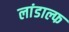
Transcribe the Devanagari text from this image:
लांडाल्फ